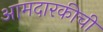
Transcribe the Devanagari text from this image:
आमदारकीची